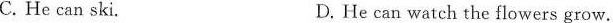
C. He can ski. D. He can watch the flowers grow.